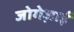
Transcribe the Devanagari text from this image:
जोगेज़ाई